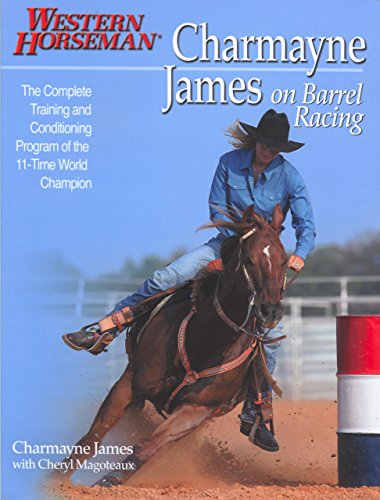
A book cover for Charmayne James on Barrel Racing (Western Horseman Books); Charmayne James; Sports & Outdoors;